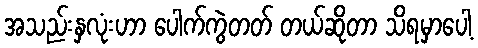
အသည်းနှလုံးဟာ ပေါက်ကွဲတတ် တယ်ဆိုတာ သိရမှာပေါ့